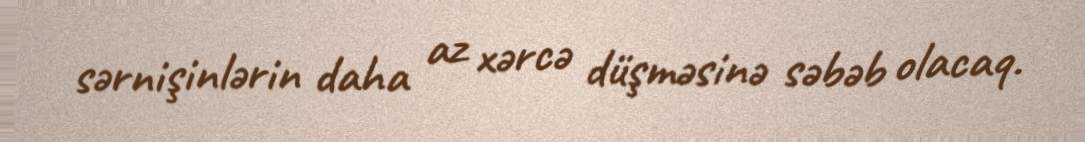
sərnişinlərin daha az xərcə düşməsinə səbəb olacaq.